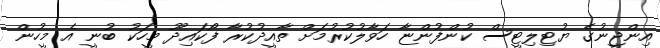
އިންޖީނުގެ ޔުޓިލިޓީސް ކުންފުންޏާ ހަވާލުކުރުމަށް ތާއީދުކުރާ ފޯކައިދޫ މީހަކު ބުނީ އެ މީހުން